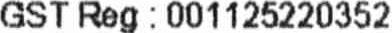
GST REG : 001125220352